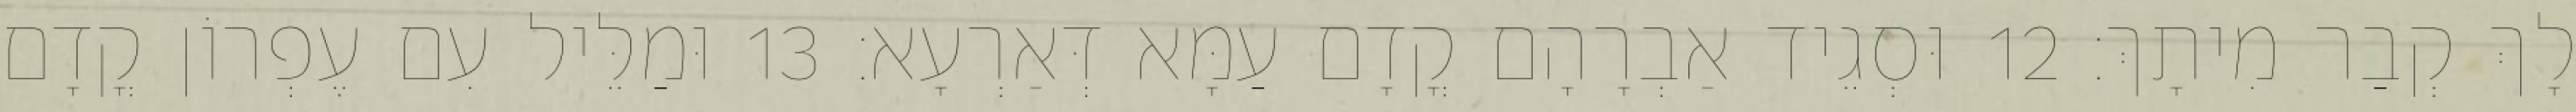
לָךְ קְבַר מִיתָךְ׃ 12 וּסְגֵיד אַבְרָהָם קֳדָם עַמָּא דְּאַרְעָא׃ 13 וּמַלֵּיל עִם עֶפְרוֹן קֳדָם